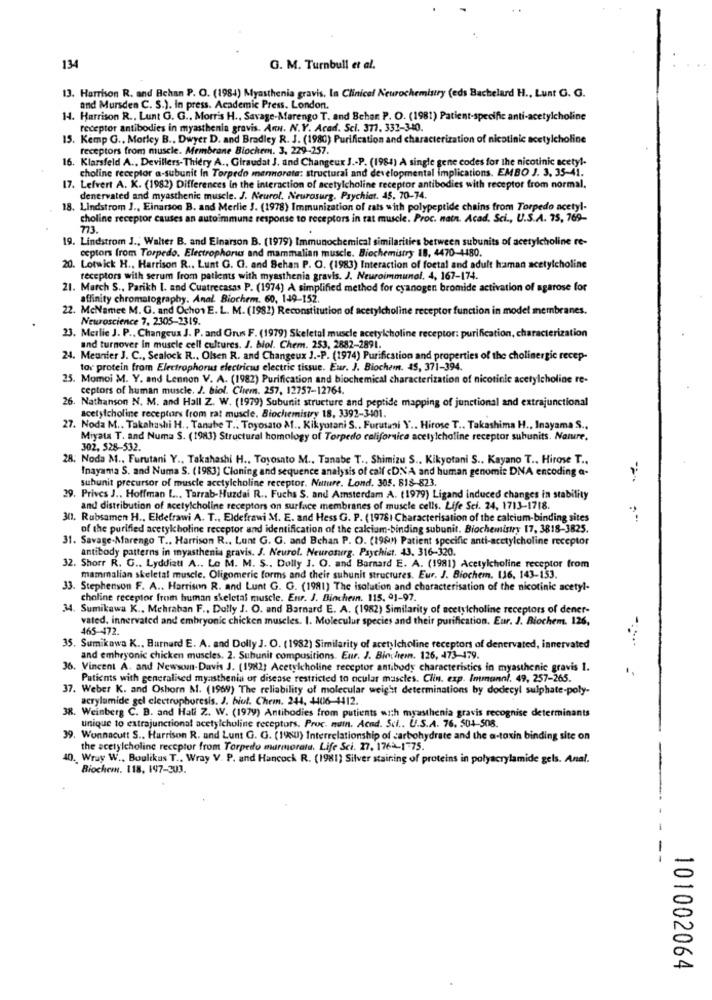
134
G. M. Turnbull et al.
13. Harrison R. and Behan P. O. (1984) Myasthenia gravis, In Clinical Neurochemistry (eds Bachelard H ., Lunt G. G.
and Mursden C. S.). In press. Academic Press. London.
14. Harrison R ., Lunt G. G ., Morris H ., Savage-Marengo T. and Bchen P. O. (1981) Patient-specific anti-acetylcholine
receptor antibodies in myasthenia gravis. Ann. N.Y. Acad. Sci. 377. 332-340.
15. Kemp G ., Morley B ., Dwyer D. and Bradley R. J. (1980) Purification and characterization of nicotinic acetylcholine
receptors from muscle. Membrane Biochem. 3, 229-257.
16. Klarsfeld A ., Devillers-Thiery A ., Giraudat J. and Changeux J .- P. (1984) A single gene codes for the nicotinic acetyl-
choline receptor a-subunit in Torpedo manmorata: structural and developmental implications. EMBO J. 3. 35-41.
17. Lefvert A. K. (1982) Differences in the interaction of acetylcholine receptor antibodies with receptor from normal.
denervated and myasthenic muscle. J. Neurol. Neurosurg. Psychiat. 45. 70-74.
18. Lindstrom J ., Einarson B. and Merlie 3. (1978) Immunization of zats with polypeptide chains from Torpedo acetyl-
choline receptor causes an autoimmune response to receptors in rat muscle. Proc. natn. Acad. Sci ., U.S.A. 75, 769-
773.
19. Lindstrom J .; Walter B. and Einarson B. (1979) Immunochemical similarities between subunits of acetylcholine re-
ceptors from Torpedo. Electrophorus and mammalian muscle. Biochemistry 18, 4470-4480.
20. Lotwick H ., Harrison R ., Lunt G. G. and Sehan P. O. (1983) Interaction of foetal and adult haman acetylcholine
receptors with serum from patients with myasthenia gravis. J. Neuroimmunol. 4, 167-174.
21. March S ., Parikh I. and Cuatrecasas P. (1974) A simplified method for cyanogen bromide activation of agarose for
affinity chromatography. Anal. Biochem. 60, 149-152.
22. McNamee M. G. and Ochon E. L. M. (1981) Reconstitution of acetylcholine receptor function in model membranes.
Neuroscience 7, 2305-2319.
23. Merlie J. P .. Changeux J. P. and Grus F. (1979) Skeletal muscle acetylcholine receptor: purification, characterization
and turnover In muscle cell cultures. J. biol. Chem. 253, 2882-2891.
24. Meunier J. C ., Sealock R ., Olsen R. and Changeux J .- P. (1974) Purification and properties of the cholinergic recep-
tor protein from Electrophorus electricus electric tissue. Eur. J. Biochemn. 45, 371-394.
25. Momoi M. Y. and Lennon V. A. (1982) Purification and biochemical characterization of nicotinic acetylcholine re-
ceptors of human muscle. J. biol. Chem. 257, 12757-12764.
26. Nathanson N. M. and Hall Z. W. (1979) Subunit structure and peptide mapping of junctional and extrajunctional
acetylcholine receptors from rat muscle. Biochemistry 18, 3392-3401.
27. Noda M .. Takahashi H .. Tanube T .. Toyosato Af .. Kikyotani S .. Furutani Y .. Hirose T .. Takashima H ., Inayama S ..
Miyata T. and Numa S. (1983) Structural homology of Torpedo californica acetylcholine receptor subunits. Nature.
302, 528-532.
28. Noda M ., Furutani Y ., Takahashi H ., Toyosato M .. Tanabe T ., Shimizu S .. Kikyotani S .. Kayano T ., Hirose T ..
Inayama S. and Numa S. (1983) Cloning and sequence analysis of calf <DNA and human genomic DNA encoding a-
subunit precursor of muscle acetylcholine receptor. Nature. Lond. 305. 818-823.
-
29. Prives J ., Hoffman L ... Tarrab-Huzdai R .. Fuchs S. and Amsterdam A. (1979) Ligand induced changes in stability
and distribution of acetylcholine receptors on surface membranes of muscle cells. Life Sci. 24, 1713-1718.
301. Rubsamen H ., Eldefrawi A. T ., Eldefrawi M. E. and Hess G. P. (19781 Characterisation of the calcium-binding sites
..
of the purified acetylcholine receptor and identification of the calcium-binding subunit. Biochemistry 17, 3818-3825.
31. Savage-Marengo T ., Harrison R ., Lunt G. G. and Behan P. O. (1981 Patient specific anti-acetylcholine receptor
antibody patterns in myasthenia gravis. J. Neurol. Neurosurg. Psychist. 43. 316-320.
32. Shorr R. G ., Lyddiatt A .. Le M. M. S .. Dolly J. O. and Barnard E. A. (1981) Acetylcholine receptor from
mammalian skeletal muscle. Oligomeric forms and their subunit structures. Eur. J. Biochem. 116, 143-153.
33. Stephenson F. A .. Harrison R. and Lunt G. G. (1981) The isolution and characterisation of the nicotinic acetyl-
choline receptor from human skeletal muscle. Enr. J. Binchein. 115. 01-97.
34. Sumikawa K ., Mehraban F ., Dolly J. O. and Barnard E. A. (1982) Similarity of acetylcholine receptors of dener-
vated. innervated and embryonic chicken muscles. I. Molecular species and their purification. Eur. J. Biochem. 126,
465-472.
35. Sumikawa K ., Barnard E. A. and Dolly J. O. (1982) Similarity of acetylcholine receptors of denervated, innervated
and embryonic chicken muscles. 2. Subunit compositions. Enr. J. Birchern. 126, 473-479.
36. Vincent A. and Newsom.Davis J. (1982) Acetylcholine receptor antibody characteristics in myasthenic gravis 1.
Patients with generalised myasthenia of disease restricted to ocular mascles. Clin. exp. Immunnl. 49, 257-265.
37. Weber K. and Oshorn M. (1969) The reliability of molecular weight determinations by dodecyl sulphate-poly-
acrylumide gel electrophoresis. J. biul. Chem. 244, 4406-4412.
38. Weinberg C. B. and Hati Z. W. (1979) Antibodies from putients with myasthenia gravis recognise determinants
unique to extrajunctional acetylcholine receptors. Proc. nuin. Acnd. Sci .. U.S.A. 76. 504-508.
39. Wonnacutt S .. Harrison R. and Lunt G. G. (1980) Interrelationship of carbohydrate and the a-toxin binding site on
the acetylcholine receptor from Torpedo marmorata. Life Sci. 27, 1762-175.
40. Wray W ., Boulikus T ., Wray V. P. and Hancock R. (1981) Silver staining of proteins in polyacrylamide gels. Anal.
Biochem. 118, 197-303.
--
101002064